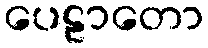
ပေဠာတော